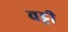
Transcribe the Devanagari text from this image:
वट्टी